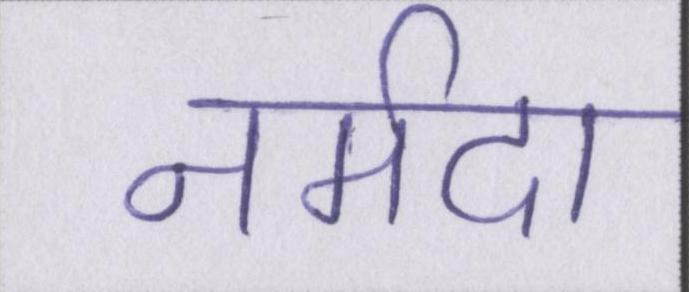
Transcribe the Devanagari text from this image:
नर्मदा